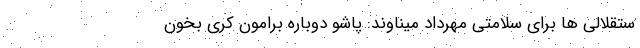
ستقلالی ها برای سلامتی مهرداد میناوند: پاشو دوباره برامون کُری بخون